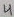
Text: 4